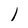
Character: I